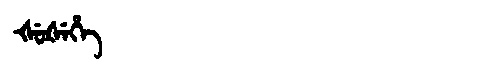
Manchu: ᡧᡠᡧᡝᡥᡝ
Romanization: ŠUŠEHE